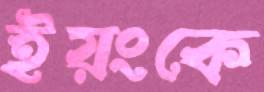
ইয়ংকে